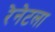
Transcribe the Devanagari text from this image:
रेनेटला